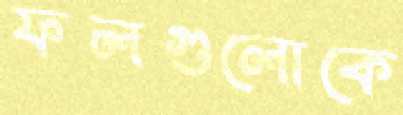
ফলগুলোকে